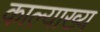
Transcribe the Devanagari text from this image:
काल्याख्य